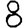
Digit: 8